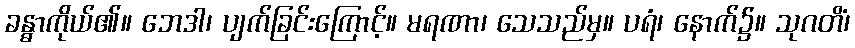
ခန္ဓာကိုယ်၏။ ဘေဒါ၊ ပျက်ခြင်းကြောင့်။ မရဏာ၊ သေသည်မှ။ ပရံ၊ နောက်၌။ သုဂတိံ၊